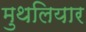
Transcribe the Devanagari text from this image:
मुथलियार